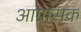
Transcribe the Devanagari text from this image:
आग्रासक